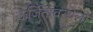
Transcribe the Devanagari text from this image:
ऊर्जितावस्थेला